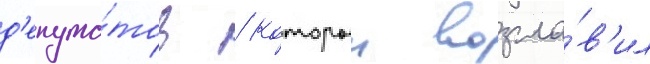
д'епута́тов / которыи возгла́в'ил